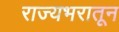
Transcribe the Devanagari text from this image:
राज्यभरातून